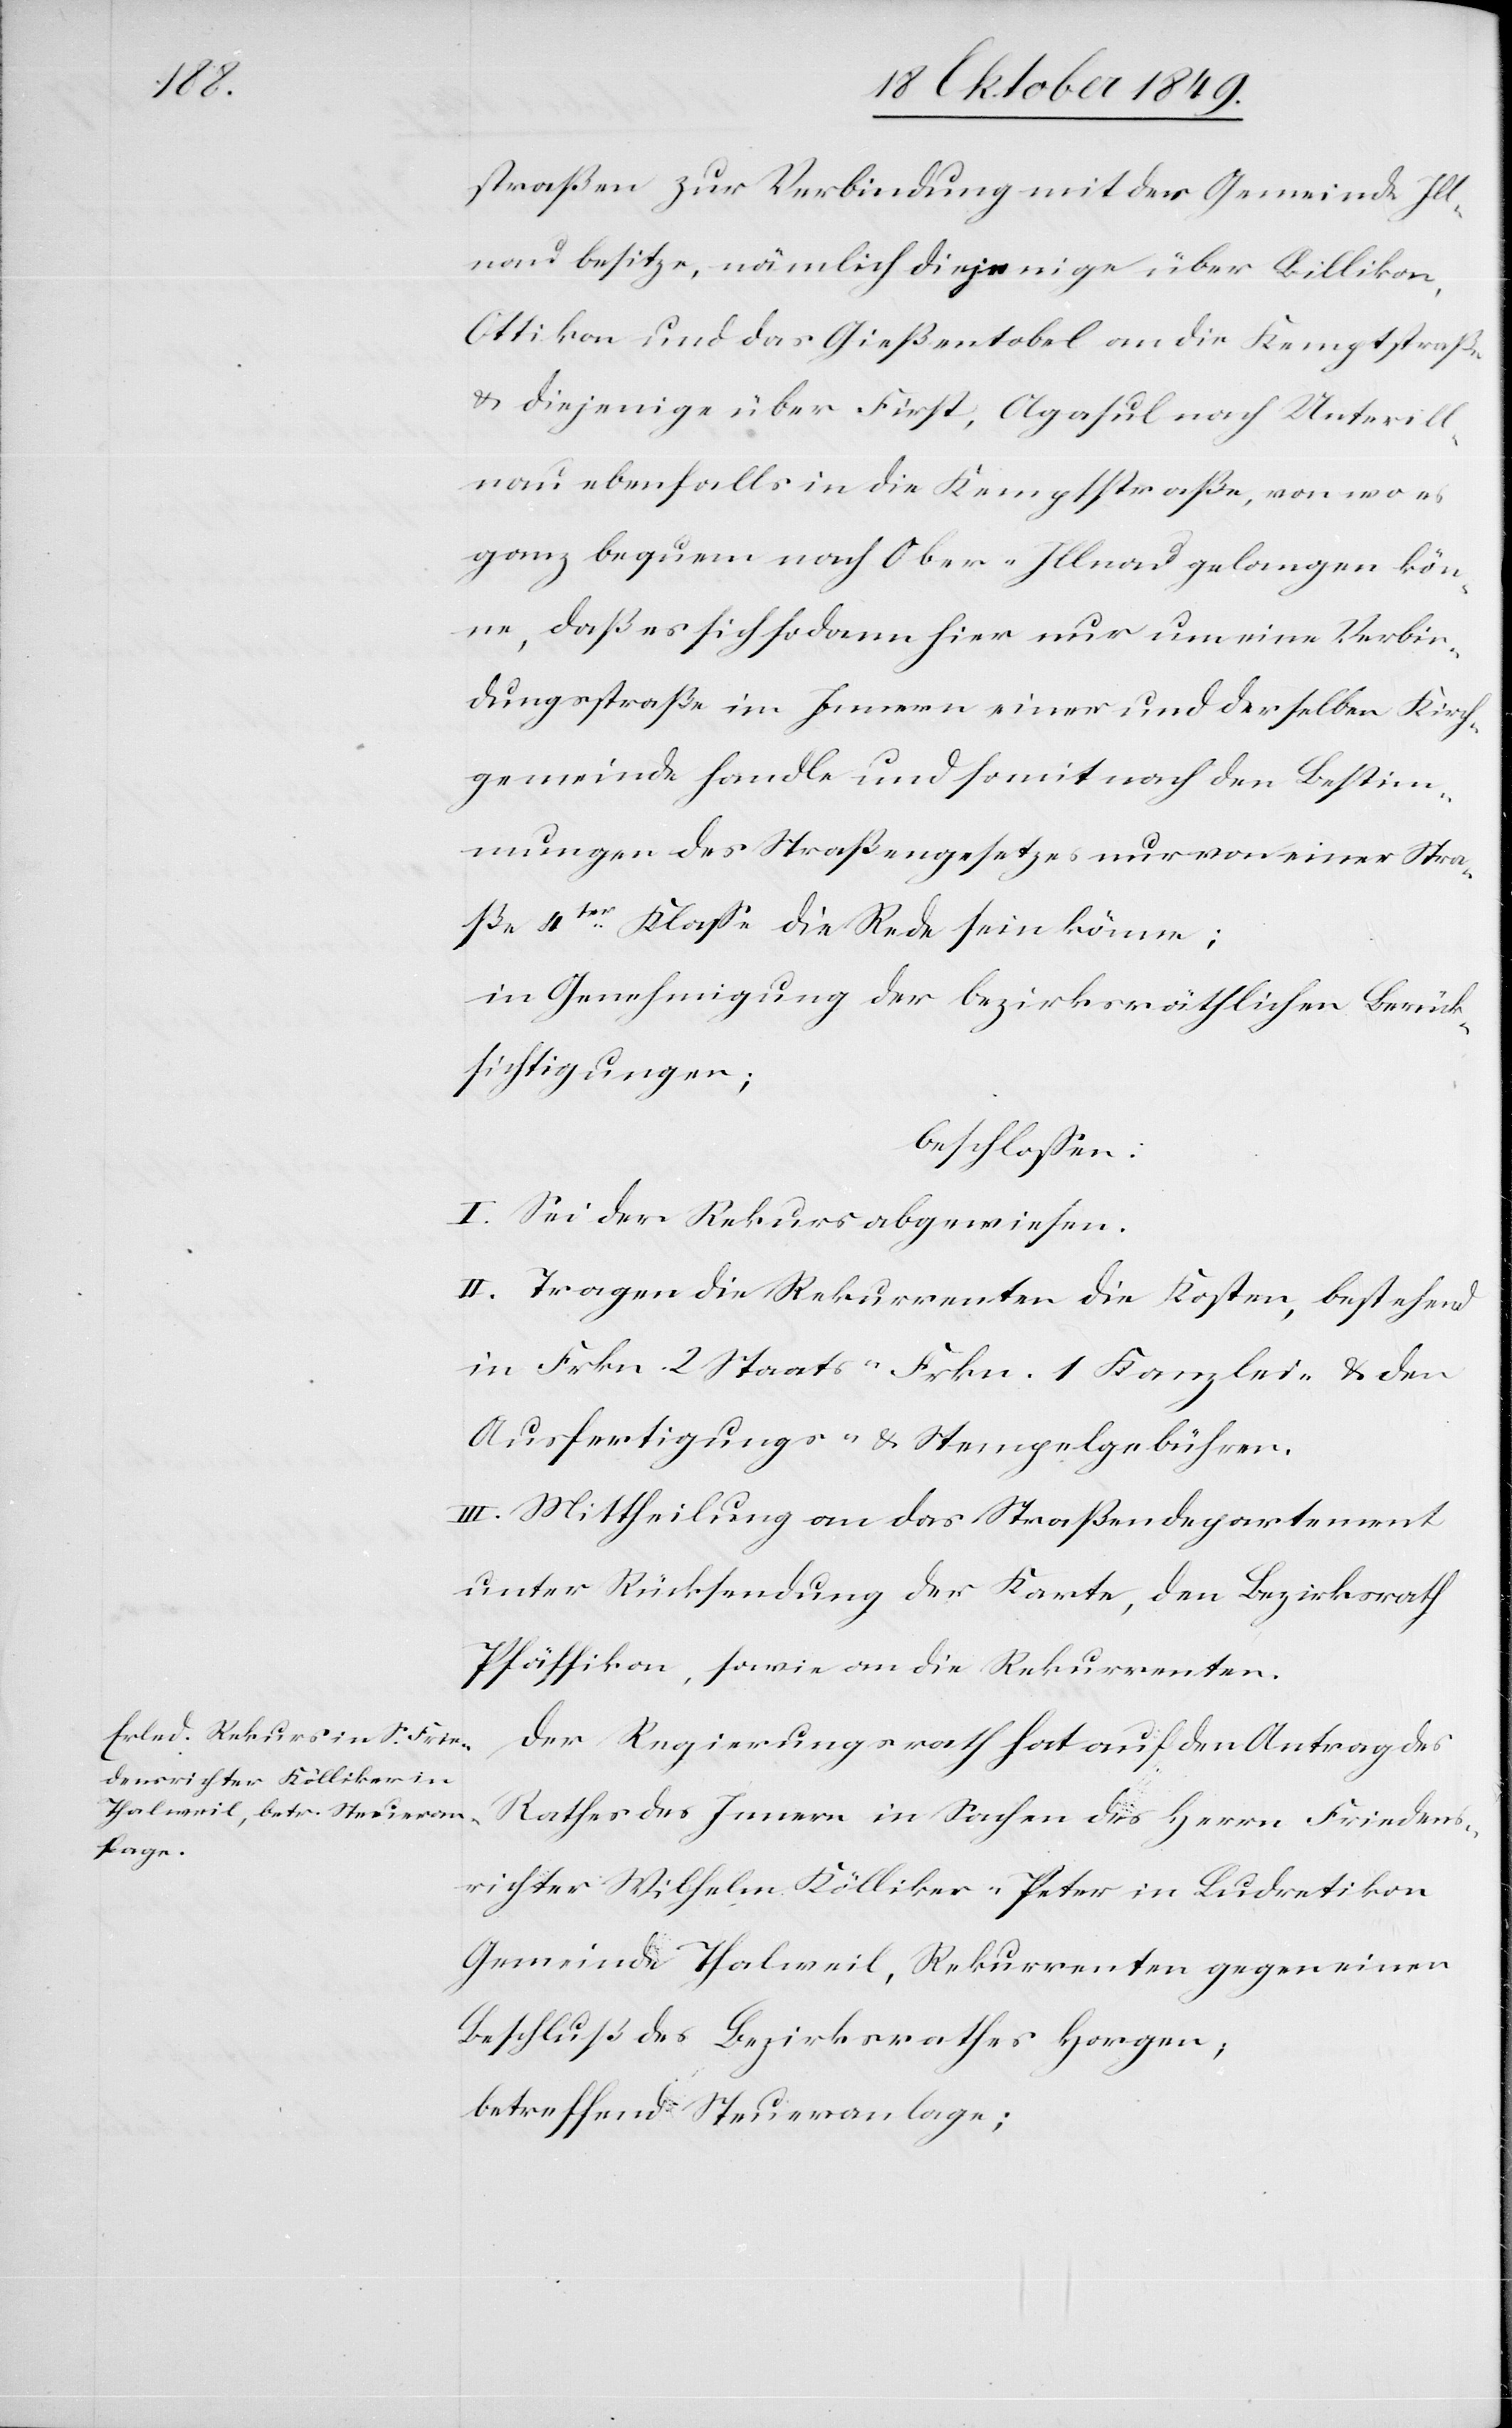
straßen zur Verbindung mit der Gemeinde Ill¬
nau besitze, nämlich diejenige über Billikon,
Ottikon und das Gießentobel an die Kemptstraße
u. diejenige über First, Agasul nach Unterill¬
nau ebenfalls in die Kemptstraße, von wo es
ganz bequem nach Ober-Illnau gelangen kön¬
ne, daß es sich so dann hier nur um eine Verbin¬
dungsstraße im Innern einer und derselben Kirch¬
gemeinde handle und somit nach den Bestim¬
mungen des Straßengesetzes nur von einer Stra¬
ße 4ter Klaße die Rede sein könne;
in Genehmigung der bezirksräthlichen Berück¬
sichtigungen;
beschloßen:
I. Sei der Rekurs abgewiesen.
II. Tragen die Rekurrenten die Kosten, bestehend
in Frkn. 2 Staats- Frkn. 1 Kanzlei- u. den
Ausfertigungs- u. Stempelgebühren.
III. Mittheilung an das Straßendepartement
unter Rücksendung der Karte, den Bezirksrath
Pfäffikon, sowie an die Rekurrenten.
Der Regierungsrath hat auf den Antrag des
Rathe des Innern in Sachen des Herrn Friedens¬
richter Wilhelm Kölliker-Peter in Ludretikon
Gemeinde Thalweil, Rekurrenten gegen einen
Beschluß des Bezirksrathes Horgen;
betreffend Steueranlage;